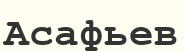
Асафьев